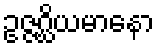
ဥဇ္ဇဂ္ဃိယမာနော